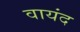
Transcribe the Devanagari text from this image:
वायंद